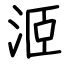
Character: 洍